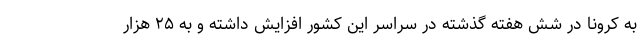
به کرونا در شش هفته گذشته در سراسر این کشور افزایش داشته و به ۲۵ هزار